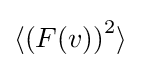
\langle \left(F(v)\right)^{2}\rangle